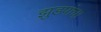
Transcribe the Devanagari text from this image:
झुडपांचा